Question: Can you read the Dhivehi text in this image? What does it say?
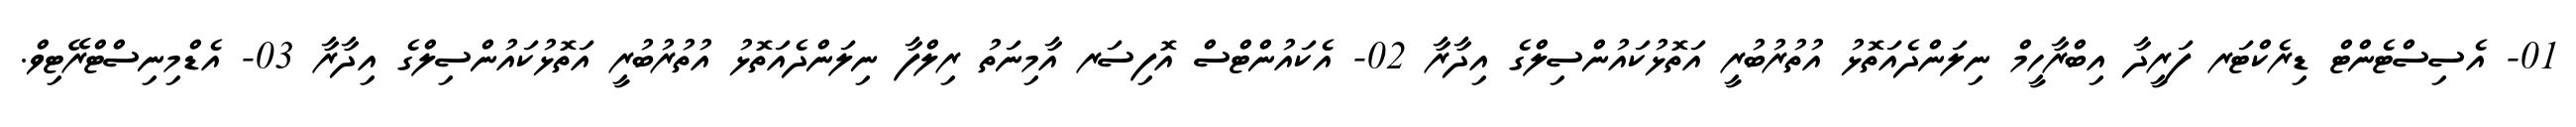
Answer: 01- އެސިސްޓެންޓް ޑިރެކްޓަރ ފަރީދާ އިބްރާހީމް ނިލަންދެއަތޮޅު އުތުރުބުރީ އަތޮޅުކައުންސިލްގެ އިދާރާ 02- އެކައުންޓްސް އޮފިސަރ އާމިނަތު ރިލްފާ ނިލަންދެއަތޮޅު އުތުރުބުރީ އަތޮޅުކައުންސިލްގެ އިދާރާ 03- އެޑްމިނިސްޓްރޭޓިވް.